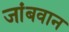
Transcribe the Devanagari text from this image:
जांबवान